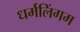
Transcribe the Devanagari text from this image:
धर्मलिंगम